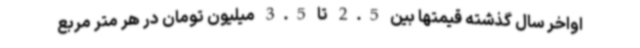
اواخر سال گذشته قیمتها بین 2.5 تا 3.5 میلیون تومان در هر متر مربع